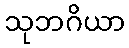
သုဘဂိယာ